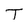
Character: T